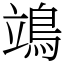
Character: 鴗